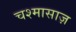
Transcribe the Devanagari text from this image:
चश्मासाज़